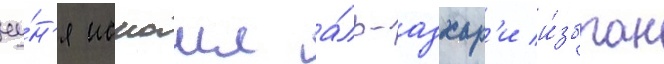
иу́н'я исмаил а́ль-азхар'и и́збран